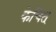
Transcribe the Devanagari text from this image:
केचित्